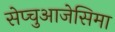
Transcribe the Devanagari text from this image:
सेप्चुआजेसिमा